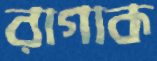
রাগাক